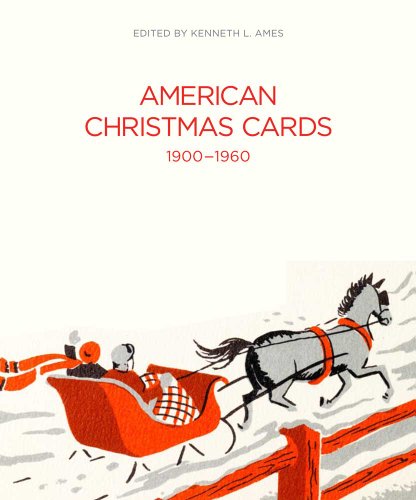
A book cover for American Christmas Cards 1900-1960 (Bard Graduate Center for Studies in the Decorative Arts, Design & Culture); Kenneth L. Ames; Crafts, Hobbies & Home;